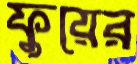
ফুয়ের